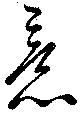
意